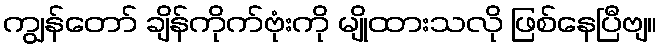
ကျွန်တော် ချိန်ကိုက်ဗုံးကို မျိုထားသလို ဖြစ်နေပြီဗျ။